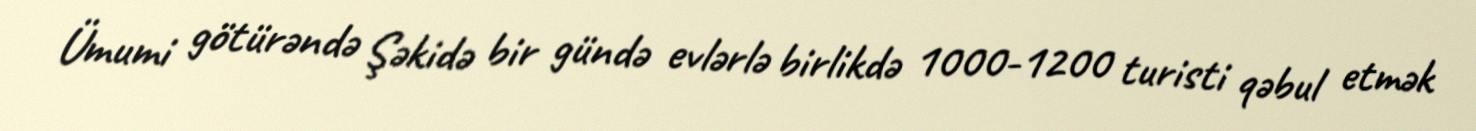
Ümumi götürəndə Şəkidə bir gündə evlərlə birlikdə 1000-1200 turisti qəbul etmək